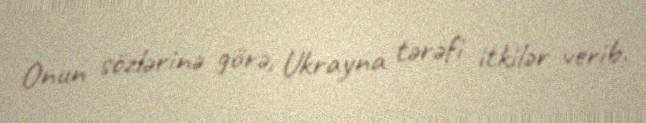
Onun sözlərinə görə, Ukrayna tərəfi itkilər verib.